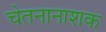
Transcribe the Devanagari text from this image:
चेतनानाशक